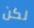
لكن